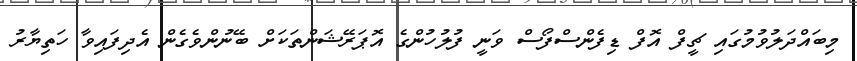
މިބައްދަލުވުމުގައި ޗީފް އޮފް ޑިފެންސްފޯސް ވަނީ ފުލުހުންގެ އޮޕަރޭޝަންތަކަށް ބޭނުންވެގެން އެދިފައިވާ ހަތިޔާރު